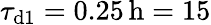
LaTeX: \tau_{\mathrm{d1}}=0.25\, \mathrm{h}=15